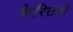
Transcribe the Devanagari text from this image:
फेरितही